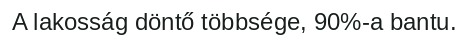
A lakosság döntő többsége, 90%-a bantu.